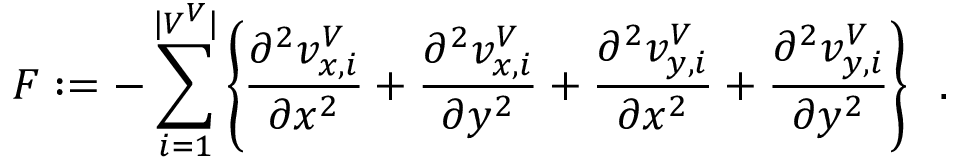
F : = - \sum _ { i = 1 } ^ { | V ^ { V } | } \left\{ \frac { \partial ^ { 2 } v _ { x , i } ^ { V } } { \partial x ^ { 2 } } + \frac { \partial ^ { 2 } v _ { x , i } ^ { V } } { \partial y ^ { 2 } } + \frac { \partial ^ { 2 } v _ { y , i } ^ { V } } { \partial x ^ { 2 } } + \frac { \partial ^ { 2 } v _ { y , i } ^ { V } } { \partial y ^ { 2 } } \right\} \; \; .